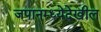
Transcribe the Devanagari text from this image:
जपानम्ध्येदेखील